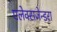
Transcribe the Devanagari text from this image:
एलेक्सजेन्डरा